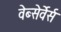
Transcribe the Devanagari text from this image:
वेब्सेर्वेर्स